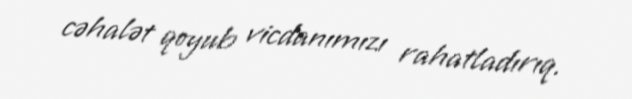
cəhalət qoyub vicdanımızı rahatladırıq.